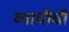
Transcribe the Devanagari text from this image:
व्याधीची